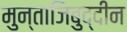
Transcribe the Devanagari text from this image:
मुन्ताजिबुद्दीन